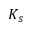
K _ { s }